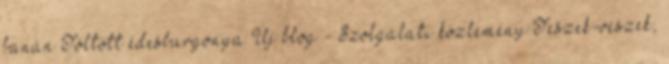
banán Töltött édesburgonya Új blog - Szolgálati közlemény Teszek-veszek,